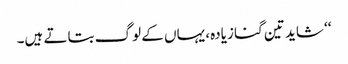
‘‘ شاید تین گنا زیادہ، یہاں کے لوگ بتاتے ہیں۔